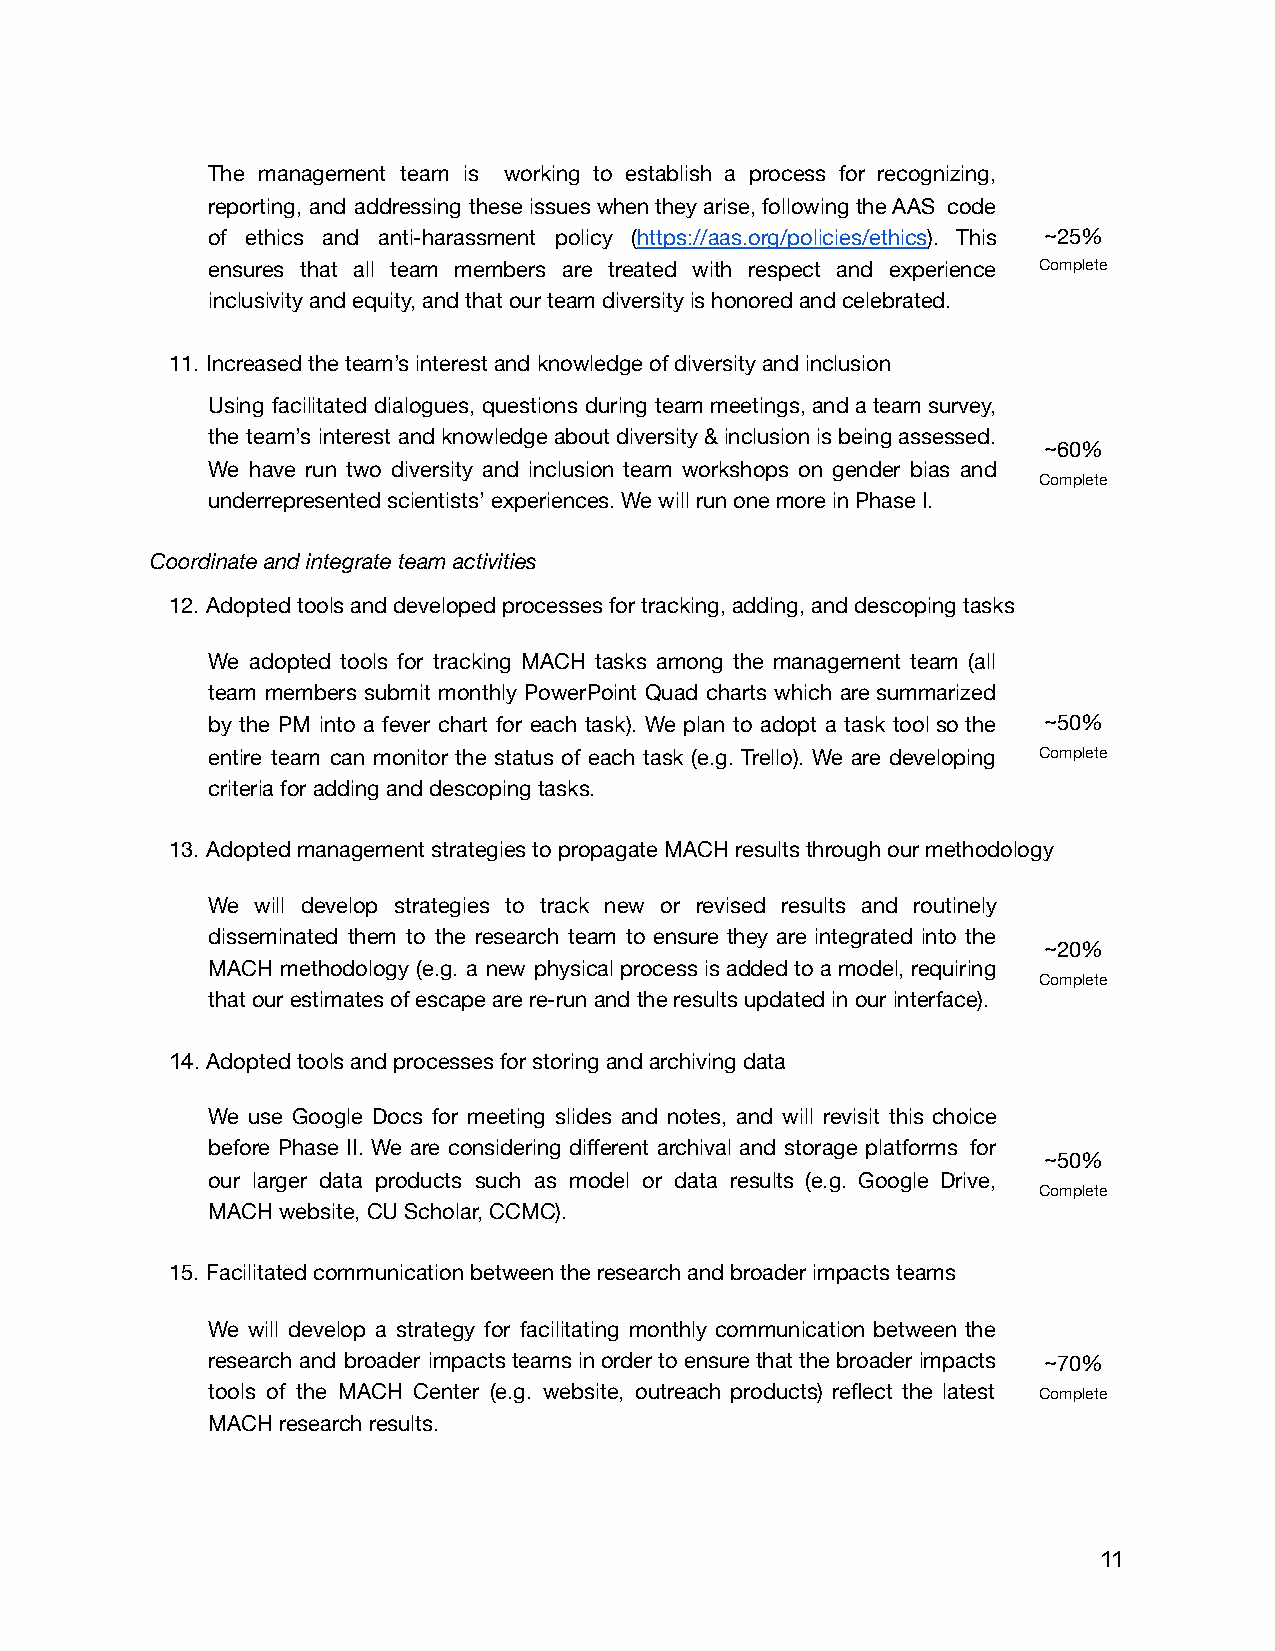
The management team is working to establish a process for recognizing,
 reporting, and addressing these issues when they arise, following the AAS code
 of ethics and anti-harassment policy (h ttps://aas.org/policies/ethics) . This ~25%
 ensures that all team members are treated with respect and experience Complete
 inclusivity and equity, and that our team diversity is honored and celebrated.
 11. Increased the team’s interest and knowledge of diversity and inclusion
 Using facilitated dialogues, questions during team meetings, and a team survey,
 the team’s interest and knowledge about diversity & inclusion is being assessed.
 ~60%
 We have run two diversity and inclusion team workshops on gender bias and
 Complete
 underrepresented scientists’ experiences. We will run one more in Phase I.
 Coordinate and integrate team activities
 12. Adopted tools and developed processes for tracking, adding, and descoping tasks
 We adopted tools for tracking MACH tasks among the management team (all
 team members submit monthly PowerPoint Quad charts which are summarized
 by the PM into a fever chart for each task). We plan to adopt a task tool so the ~50%
 entire team can monitor the status of each task (e.g. Trello). We are developing Complete
 criteria for adding and descoping tasks.
 13. Adopted management strategies to propagate MACH results through our methodology
 We will develop strategies to track new or revised results and routinely
 disseminated them to the research team to ensure they are integrated into the
 ~20%
 MACH methodology (e.g. a new physical process is added to a model, requiring
 Complete
 that our estimates of escape are re-run and the results updated in our interface).
 14.Adopted tools and processes for storing and archiving data
 We use Google Docs for meeting slides and notes, and will revisit this choice
 before Phase II. We are considering different archival and storage platforms for
 ~50%
 our larger data products such as model or data results (e.g. Google Drive,
 Complete
 MACH website, CU Scholar, CCMC).
 15. Facilitated communication between the research and broader impacts teams
 We will develop a strategy for facilitating monthly communication between the
 research and broader impacts teams in order to ensure that the broader impacts ~70%
 tools of the MACH Center (e.g. website, outreach products) reflect the latest Complete
 MACH research results.
 11